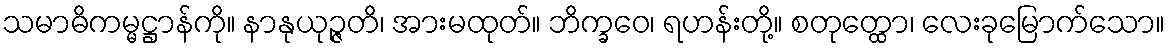
သမာဓိကမ္မဋ္ဌာန်ကို။ နာနုယုဉ္ဇတိ၊ အားမထုတ်။ ဘိက္ခဝေ၊ ရဟန်းတို့။ စတုတ္ထော၊ လေးခုမြောက်သော။